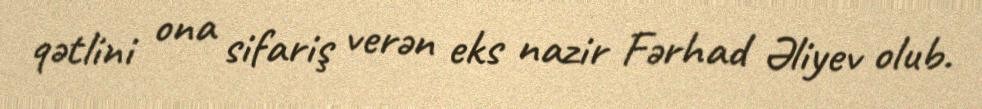
qətlini ona sifariş verən eks nazir Fərhad Əliyev olub.